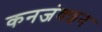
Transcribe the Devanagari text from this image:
कनजंक्शन